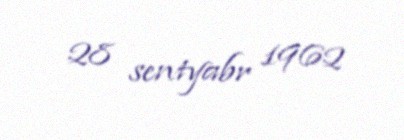
28 sentyabr 1962